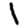
Digit: 1